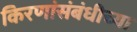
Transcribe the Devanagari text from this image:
किरणांसंबंधीच्या